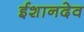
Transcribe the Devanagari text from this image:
ईशानदेव